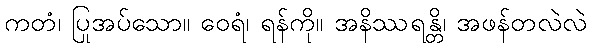
ကတံ၊ ပြုအပ်သော။ ဝေရံ၊ ရန်ကို။ အနိဿရန္တိ၊ အဖန်တလဲလဲ